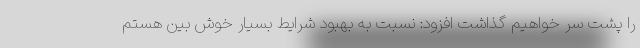
را پشت سر خواهیم گذاشت افزود: نسبت به بهبود شرایط بسیار خوش بین هستم